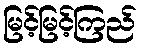
မြင့်မြင့်ကြည်